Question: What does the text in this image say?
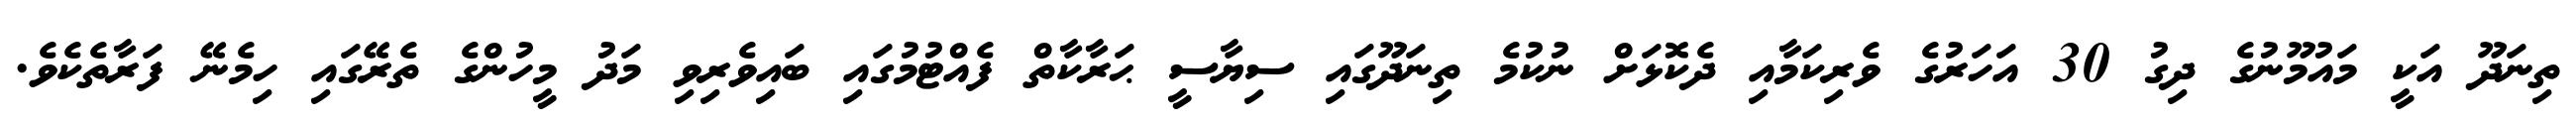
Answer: ތިނަދޫ އަކީ މައުމޫނުގެ ދިގު 30 އަހަރުގެ ވެރިކަމާއި ދެކޮޅަށް ނުކުމެ ތިނަދޫގައި ސިޔާސީ ޙަރާކާތް ފެއްޓުމުގައި ބައިވެރިވި މަދު މީހުންގެ ތެރޭގައި ހިމެނޭ ފަރާތެކެވެ.